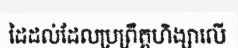
ដៃដល់ដែលប្រព្រឹត្តហិង្សាលើ